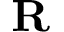
\mathbf { R }